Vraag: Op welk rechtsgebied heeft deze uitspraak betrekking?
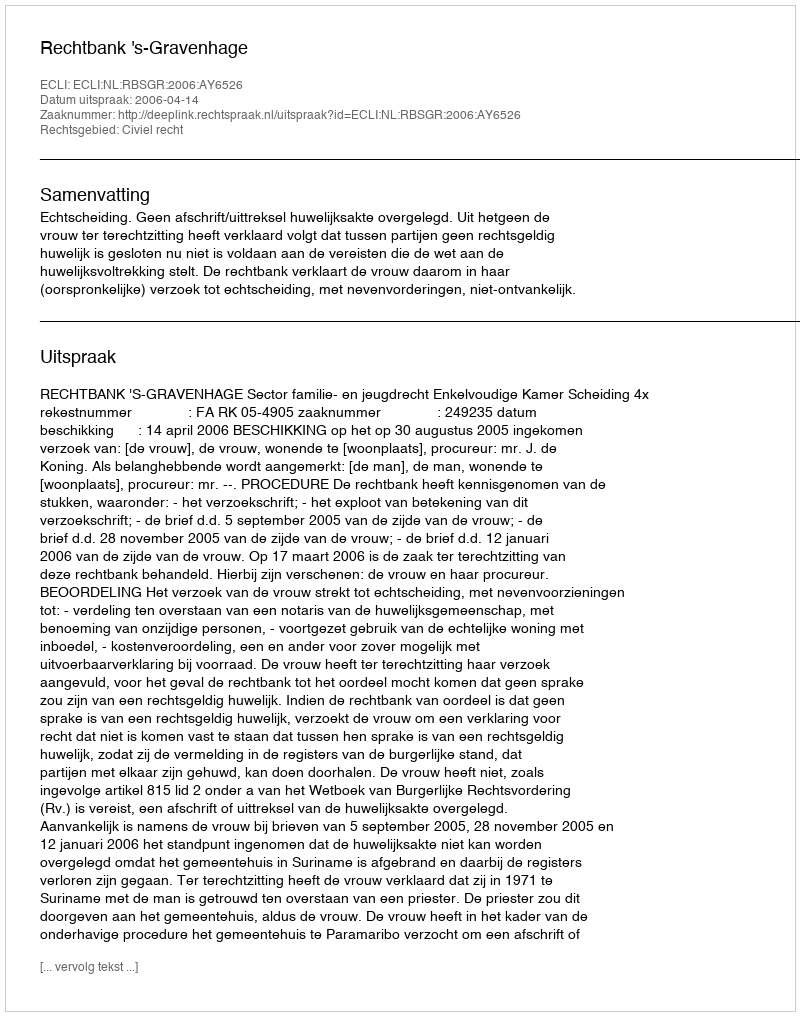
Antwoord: Civiel recht